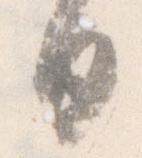
日